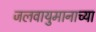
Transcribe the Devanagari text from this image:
जलवायुमानाच्या